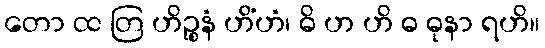
တော ထ တြ ဟိဉ္စနံ ဟိံဟံ၊ ဓိ ဟ ဟိ ဓ ဓုနာ ရဟိ။